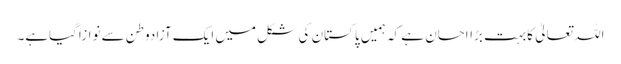
اللہ تعالیٰ کابہت بڑااحسان ہے کہ ہمیں پاکستان کی شکل میں ایک آزادوطن سے نوازاگیاہے۔